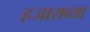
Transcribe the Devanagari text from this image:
हजाराव्या